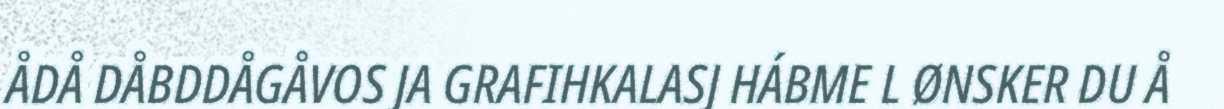
ÅDÅ DÅBDDÅGÅVOS JA GRAFIHKALASJ HÁBME L ØNSKER DU Å